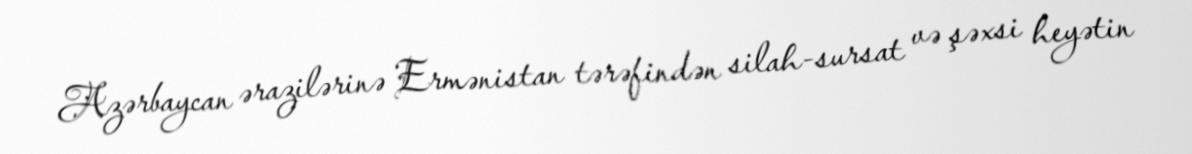
Azərbaycan ərazilərinə Ermənistan tərəfindən silah-sursat və şəxsi heyətin